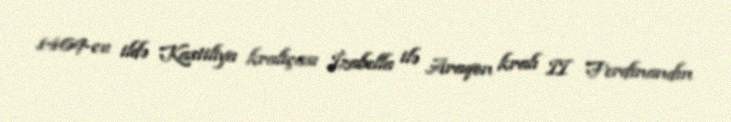
1469-cu ildə Kastiliya kraliçası İzabella ilə Araqon kralı II Ferdinandın